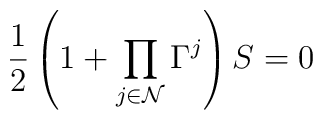
{1\over 2}\left(1+\prod\limits_{j\in {\cal N}}\Gamma^j\right)S=0